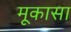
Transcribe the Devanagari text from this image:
मूकासा